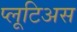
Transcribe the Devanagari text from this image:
प्लूटिअस